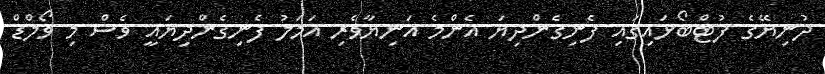
ދުނިޔޭގެ ފުޓްބޯޅައިގައި ފެނިގެންދިޔަ އެންމެ އަނިޔާވެރި އަމަލު ފެނިގެންދިޔައީ ވެސް މި ވޯލްޑް